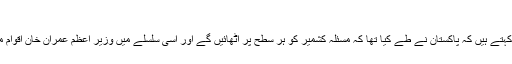
'کشمیر پر قرارداد نہ آنا پاکستان نہیں انسانیت کی ناکامی ہے'
قومی اسمبلی کی خارجہ امور کمیٹی کے چیئرمین احسان اللہ ٹوانہ کہتے ہیں کہ پاکستان نے طے کیا تھا کہ مسئلہ کشمیر کو ہر سطح پر اٹھائیں گے اور اسی سلسلے میں وزیر اعظم عمران خان اقوام متحدہ کی جنرل اسمبلی کو اہم موقع کے طور پر استعمال کریں گے۔